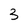
Character: 3